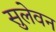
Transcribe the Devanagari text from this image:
सुलेवन